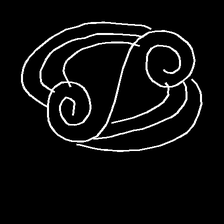
Glyph: wind-underfoot